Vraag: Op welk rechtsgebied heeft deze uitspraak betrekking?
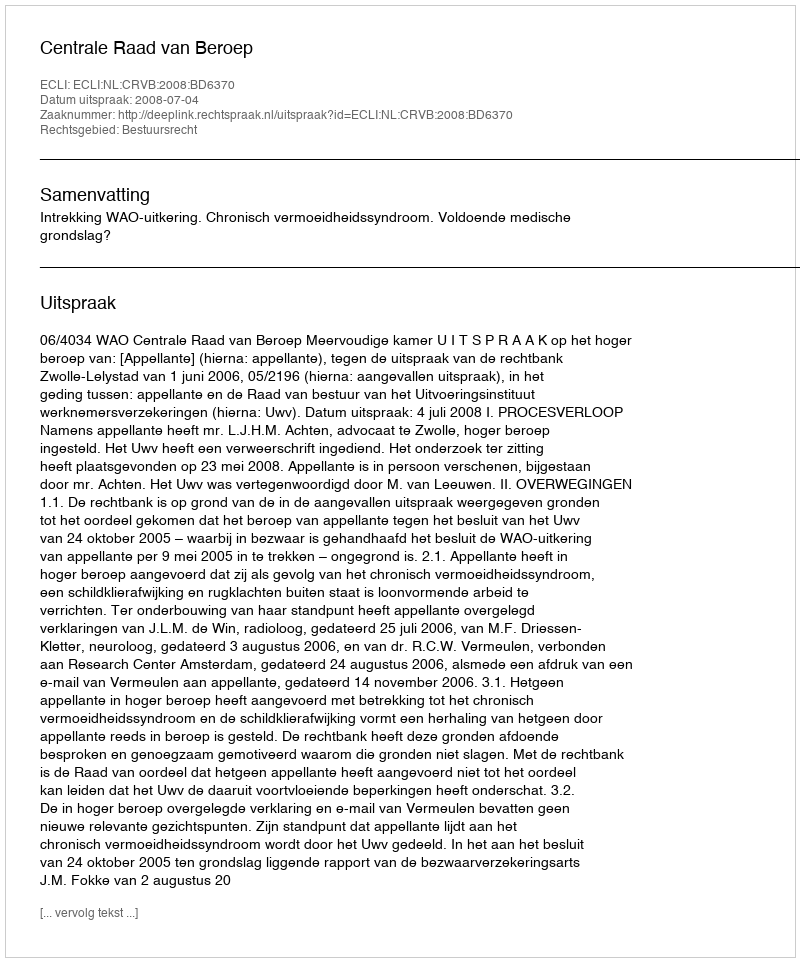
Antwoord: Bestuursrecht